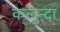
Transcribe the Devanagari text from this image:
कलुन्दा